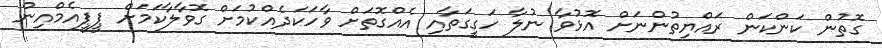
ގޮތުން ކަންކަން ރައްޔިތުންނަށް އޮޅުވާ ނުލާ ހަގީގަތާއި އެއްގޮތަށް ވާހަކަދެއްކުމަށް ގޮވާލާކަމަށް ޕީޕީއެމްއިން